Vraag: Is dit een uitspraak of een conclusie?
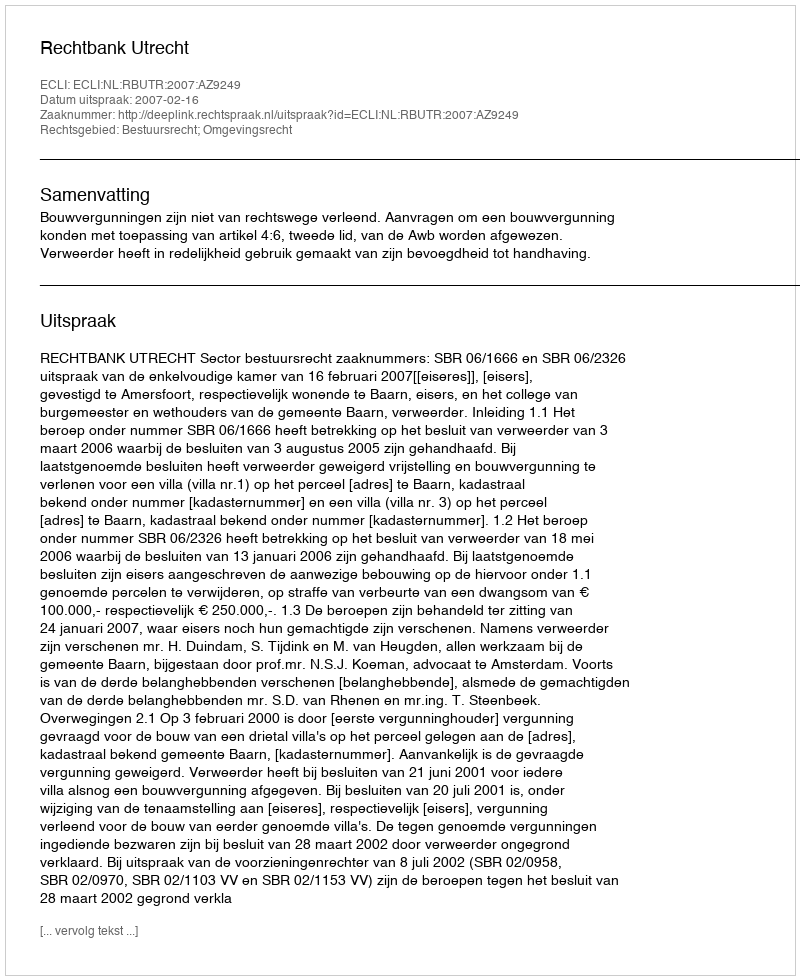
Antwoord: Uitspraak